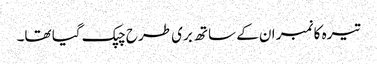
تیرہ کا نمبر ان کے ساتھ بری طرح چپک گیا تھا۔